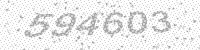
Solution: 594603